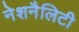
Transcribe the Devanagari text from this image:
नेशनैलिटी